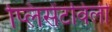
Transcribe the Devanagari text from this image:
प्लिसेंटविली